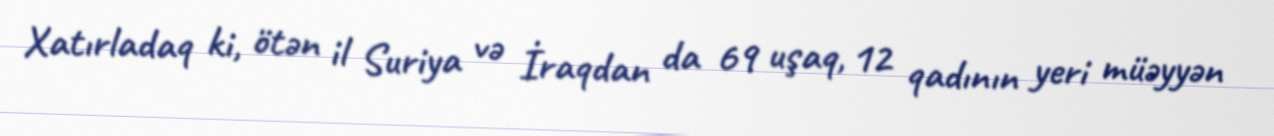
Xatırladaq ki, ötən il Suriya və İraqdan da 69 uşaq, 12 qadının yeri müəyyən